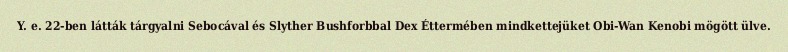
Y. e. 22-ben látták tárgyalni Sebocával és Slyther Bushforbbal Dex Éttermében mindkettejüket Obi-Wan Kenobi mögött ülve.